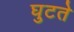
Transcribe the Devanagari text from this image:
घुटते